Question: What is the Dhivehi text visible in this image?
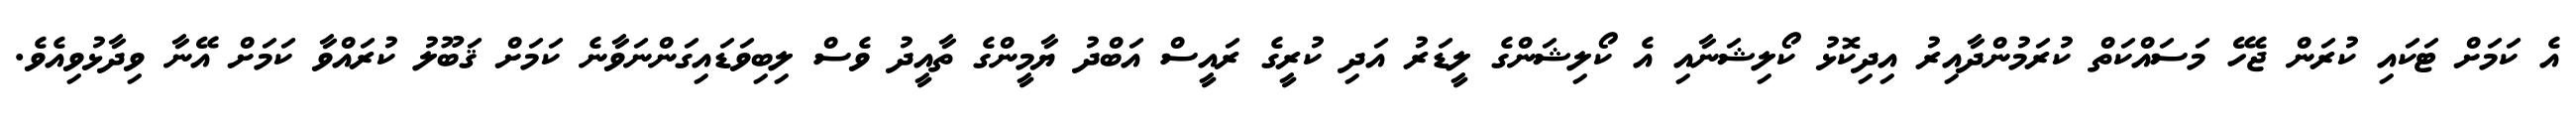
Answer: އެ ކަމަށް ޓަކައި ކުރަން ޖެހޭ މަސައްކަތް ކުރަމުންދާއިރު އިދިކޮޅު ކޯލިޝަނާއި އެ ކޯލިޝަންގެ ލީޑަރު އަދި ކުރީގެ ރައީސް އަބްދު ޔާމީންގެ ތާއީދު ވެސް ލިބިވަޑައިގަންނަވާނެ ކަމަށް ޤަބޫލު ކުރައްވާ ކަމަށް އޭނާ ވިދާޅުވިއެވެ.